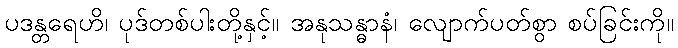
ပဒန္တရေဟိ၊ ပုဒ်တစ်ပါးတို့နှင့်။ အနုသန္ဓာနံ၊ လျောက်ပတ်စွာ စပ်ခြင်းကို။